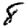
Digit: 8